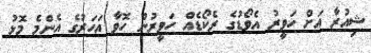
ޝިއުރާ އަށް ހަވީރު އެވޯޑުގެ ރެކޯޑެއް ހަވީރުން ހޮވާ އަހަރުގެ އެންމެ މޮޅު